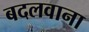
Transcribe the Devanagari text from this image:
बदलवाना